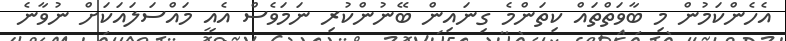
އެހެންކަމުން މި ބާވަތްތައް ކިތަންމެ ގިނައިން ބޭނުންކުރި ނަމަވެސް އެއީ މައްސަލައަކަށް ނުވާނެ